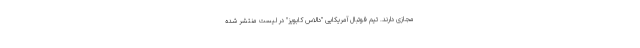
مجازی دارند. تیم فوتبال آمریکایی "دالاس کابویز" در لیست منتشر شده